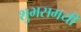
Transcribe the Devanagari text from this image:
शुभसमयी